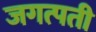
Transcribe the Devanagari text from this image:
जगत्पती